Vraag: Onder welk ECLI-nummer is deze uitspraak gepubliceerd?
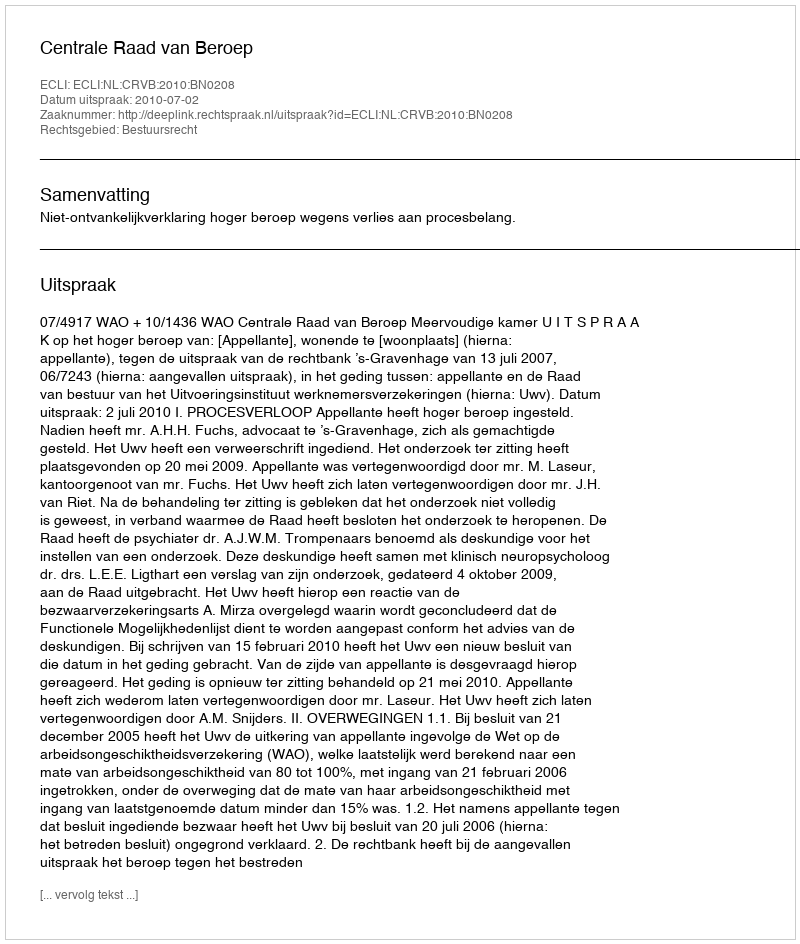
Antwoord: ECLI:NL:CRVB:2010:BN0208